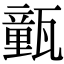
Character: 㼿